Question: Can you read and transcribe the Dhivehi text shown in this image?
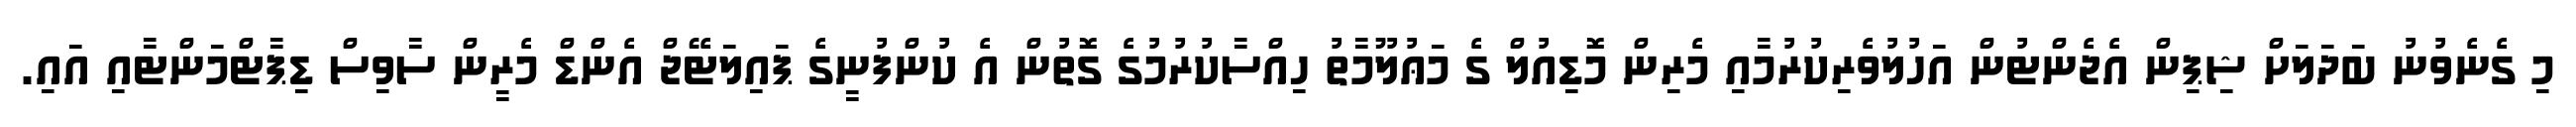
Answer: މި ގެނެވުނު ބަދަލަށް ޝިޕިން އެޖެންޓުން އަހުލުވެރިކުރުމާއި މެރިން މޮޑިއުލް ގެ މަޢުލޫމާތު ހިއްސާކުރުމުގެ ގޮތުން އެ ކުންފުނީގެ ޕައިލަޓޭޖް އެންޑް މެރީން ސާވިސް ޑިޕާޓްމަންޓާއި އައި.